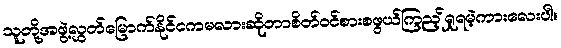
သူတို့အဖွဲ့လွှတ်မြောက်နိုင်ငကမလားဆိုတာစိတ်ဝင်စားစဖွယ်ကြည့်ရှုရမဲ့ကားလေးပါ။